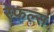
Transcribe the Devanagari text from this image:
रेफल्स